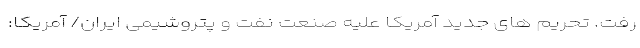
رفت. تحریم های جدید آمریکا علیه صنعت نفت و پتروشیمی ایران/ آمریکا: